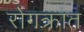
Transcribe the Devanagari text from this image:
रोगक्रांत